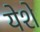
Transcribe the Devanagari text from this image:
येशे